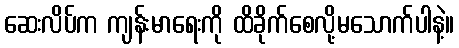
ဆေးလိပ်က ကျန်းမာရေးကို ထိခိုက်စေလို့မသောက်ပါနဲ့။